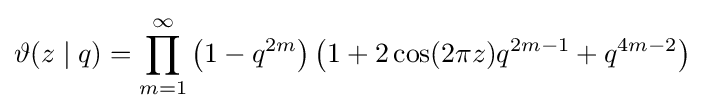
\vartheta (z\mid q)=\prod _{m=1}^{\infty }\left(1-q^{2m}\right)\left(1+2\cos(2\pi z)q^{2m-1}+q^{4m-2}\right)